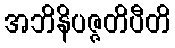
အဘိနိပဇ္ဇတိပီတိ